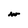
Character: w